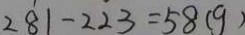
2 8 1 - 2 2 3 = 5 8 ( g )